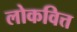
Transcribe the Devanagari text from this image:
लोकवित्त